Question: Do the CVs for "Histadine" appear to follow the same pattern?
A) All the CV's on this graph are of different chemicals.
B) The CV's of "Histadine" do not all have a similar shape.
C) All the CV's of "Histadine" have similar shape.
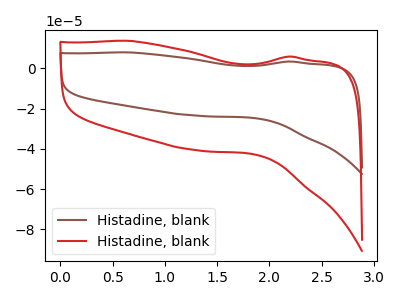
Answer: <think>The brown curve "Histadine, blank1" has no peaks. The red curve "Histadine, blank2" has no peaks.
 Neither "Histadine, blank1" or "Histadine, blank2" have any peaks.</think>
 <answer>C) All the CV's of "Histadine" have similar shape.</answer>
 <eval>C</eval>